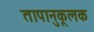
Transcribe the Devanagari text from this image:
तापानुकूलक